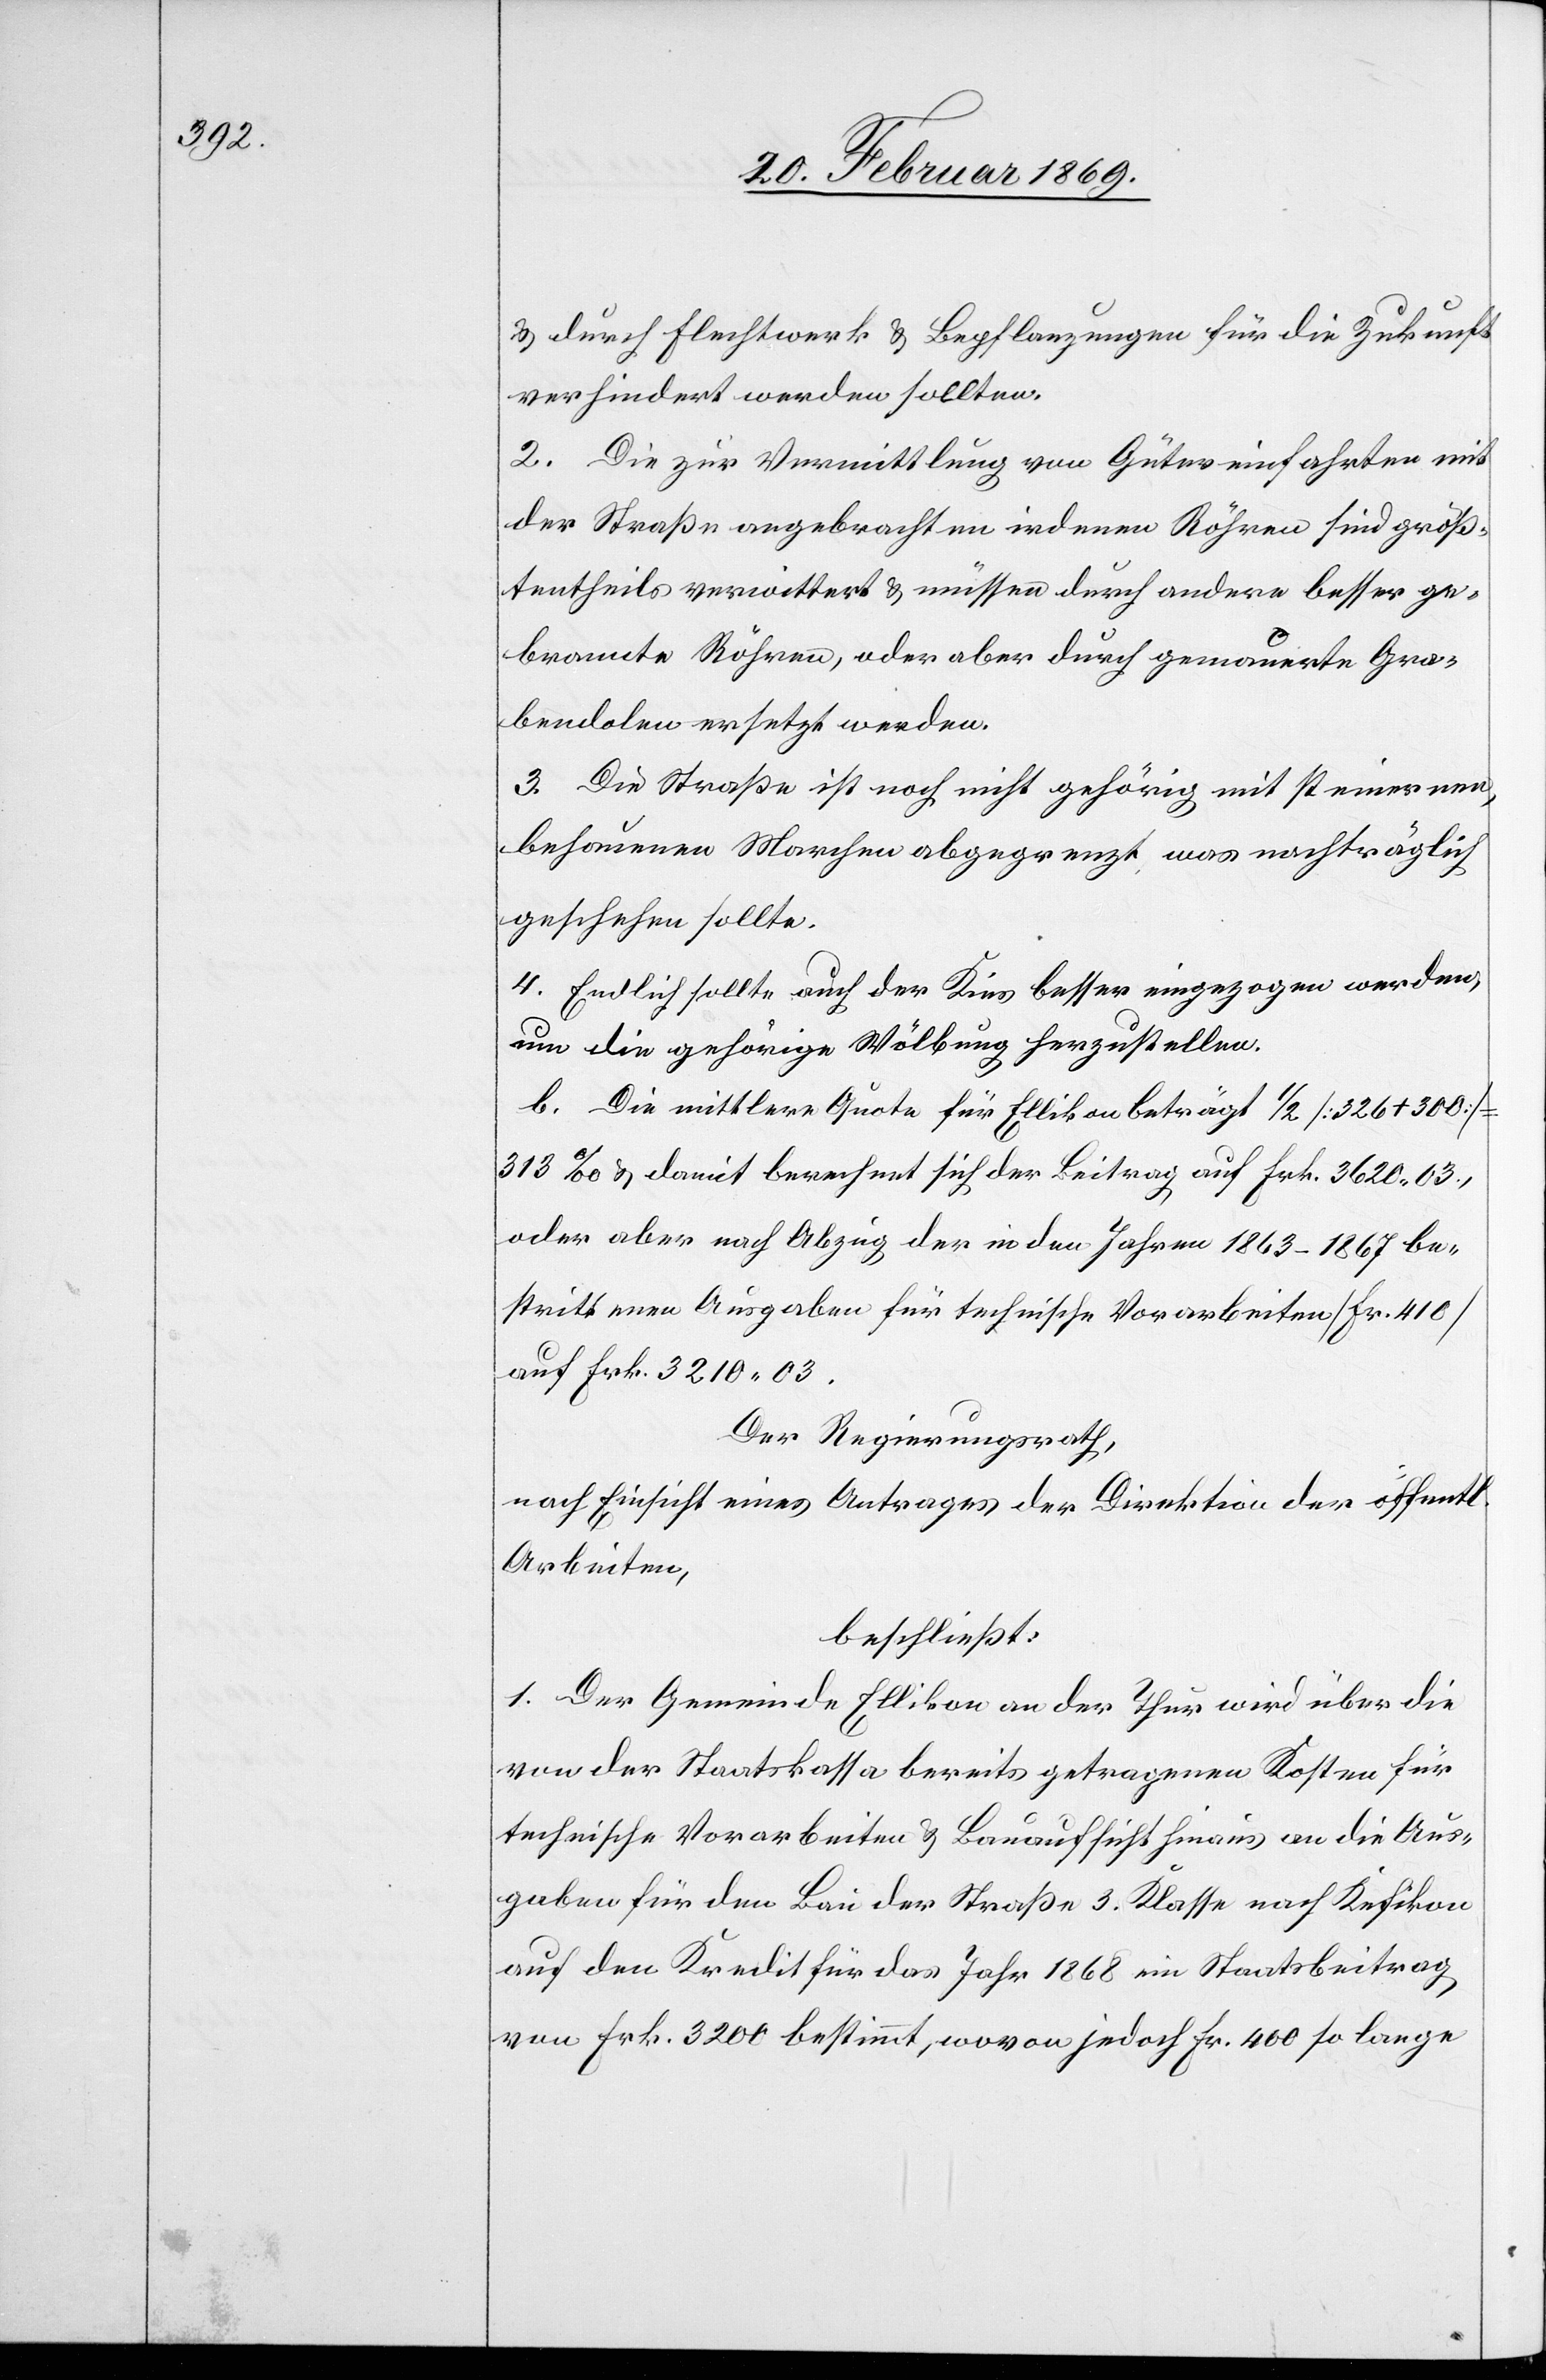
u. durch Flechtwerk & Bepflanzungen für die Zukunft
verhindert werden sollten.
2. Die zur Vermittlung von Gütereinfahrten mit
der Straße angebrachten irdenen Röhren sind größ¬
tentheils verwittert & müssen durch andere besser ge¬
brannte Röhren, oder aber durch gemauerte Gra¬
bendolen ersetzt werden.
3. Die Straße ist noch nicht gehörig mit steinernen,
behauenen Marchen abgegrenzt, was nachträglich
geschehen sollte.
4. Endlich sollte auch der Kies besser eingezogen werden,
um die gehörige Wölbung herzustellen.
b. Die mittlere Quote für Ellikon beträgt 1/2 [326 + 300]
313‰ damit berechnet sich der Beitrag auf Frk. 3620.03,
oder aber nach Abzug der in den Jahren 1863–1867 be¬
strittenen Ausgaben für technische Vorarbeiten [Fr. 410]
auf Frk. 3210.03.
Der Regierungsrath,
nach Einsicht eines Antrages der Direktion der öff.
Arbeiten,
beschließt:
1. Der Gemeinde Ellikon an der Thur wird über die
von der Staatskassa bereits getragenen Kosten für
technische Vorarbeiten & Bauaufsicht hinaus an die Aus¬
gaben für den Bau der Straße 3. Klasse nach Kefikon
auf den Kredit für das Jahr 1868 ein Staatsbeitrag
von Frk. 3200 bestimmt, wovon jedoch Fr. 400 so lange